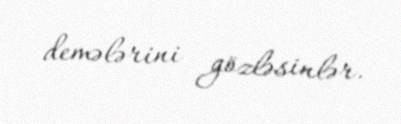
demələrini gözləsinlər.